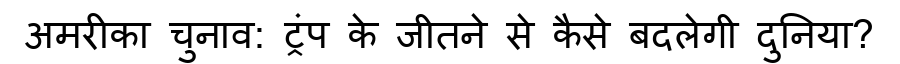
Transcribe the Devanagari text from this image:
अमरीका चुनाव: ट्रंप के जीतने से कैसे बदलेगी दुनिया?